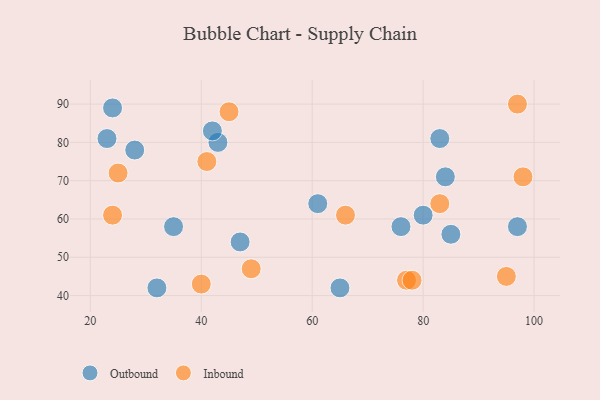
{"axis": {"x": "GDP", "y": "Life Expectancy"}, "legend": ["Inbound", "Outbound"], "data": [{"x": "83", "y": 81, "type": "Outbound"}, {"x": "35", "y": 58, "type": "Outbound"}, {"x": "47", "y": 54, "type": "Outbound"}, {"x": "61", "y": 64, "type": "Outbound"}, {"x": "32", "y": 42, "type": "Outbound"}, {"x": "43", "y": 80, "type": "Outbound"}, {"x": "28", "y": 78, "type": "Outbound"}, {"x": "24", "y": 89, "type": "Outbound"}, {"x": "84", "y": 71, "type": "Outbound"}, {"x": "80", "y": 61, "type": "Outbound"}, {"x": "85", "y": 56, "type": "Outbound"}, {"x": "23", "y": 81, "type": "Outbound"}, {"x": "65", "y": 42, "type": "Outbound"}, {"x": "97", "y": 58, "type": "Outbound"}, {"x": "76", "y": 58, "type": "Outbound"}, {"x": "42", "y": 83, "type": "Outbound"}, {"x": "41", "y": 75, "type": "Inbound"}, {"x": "98", "y": 71, "type": "Inbound"}, {"x": "24", "y": 61, "type": "Inbound"}, {"x": "49", "y": 47, "type": "Inbound"}, {"x": "97", "y": 90, "type": "Inbound"}, {"x": "83", "y": 64, "type": "Inbound"}, {"x": "40", "y": 43, "type": "Inbound"}, {"x": "45", "y": 88, "type": "Inbound"}, {"x": "95", "y": 45, "type": "Inbound"}, {"x": "77", "y": 44, "type": "Inbound"}, {"x": "78", "y": 44, "type": "Inbound"}, {"x": "66", "y": 61, "type": "Inbound"}, {"x": "25", "y": 72, "type": "Inbound"}]}